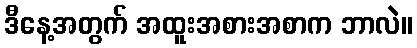
ဒီနေ့အတွက် အထူးအစားအစာက ဘာလဲ။